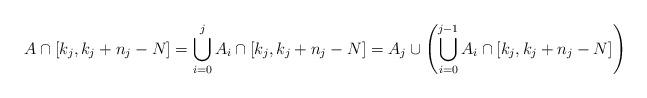
LaTeX: \begin{align*}A \cap [k_j,k_j+n_j-N] = \bigcup_{i=0}^j A_i \cap [k_j,k_j+n_j-N] = A_j \cup \left(\bigcup_{i=0}^{j-1} A_i \cap [k_j,k_j+n_j-N]\right)\end{align*}